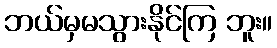
ဘယ်မှမသွားနိုင်ကြ ဘူး။